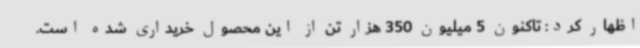
اظهار کرد: تاکنون 5 میلیون 350 هزار تن از این محصول خریداری شده است.